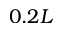
0 . 2 L